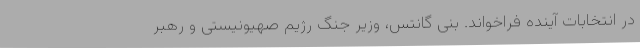
در انتخابات آینده فراخواند. بنی گانتس، وزیر جنگ رژیم صهیونیستی و رهبر